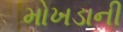
મોખડાની